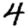
Digit: 4